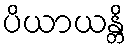
ပိယာယန္တိ